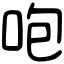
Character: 咆